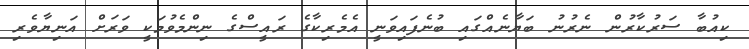
ކިއުބާ ސަރުކާރުން ނެރުނު ބަޔާނެއްގައި ބުނެފައިވަނީ އެމެރިކާގެ ރައީސްގެ ނިންމެވުމަކީ ވަރަށް އަނިޔާވެރި